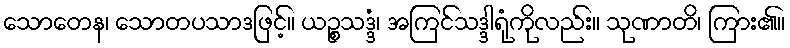
သောတေန၊ သောတပသာဒဖြင့်။ ယဉ္စသဒ္ဒံ၊ အကြင်သဒ္ဒါရုံကိုလည်း။ သုဏာတိ၊ ကြား၏။